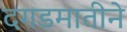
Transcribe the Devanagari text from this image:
दगडमातीने